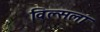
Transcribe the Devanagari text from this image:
विल्सला